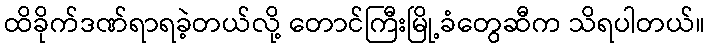
ထိခိုက်ဒဏ်ရာရခဲ့တယ်လို့ တောင်ကြီးမြို့ခံတွေဆီက သိရပါတယ်။